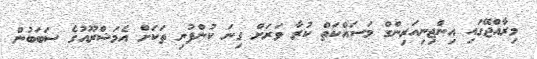
މިރާއްޖޭގައި އިންޖިނިއަރިންގް މަސައްކަތް ކުރާ ވަރަށް ގިނަ ކުންފުނި ތަކަށް އެމަޝްރޫއުގެ ސަބަބުން